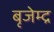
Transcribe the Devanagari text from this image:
बृजेम्द्र